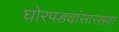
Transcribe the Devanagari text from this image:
घोरपड्यांसारख्या